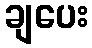
ချပေး